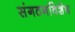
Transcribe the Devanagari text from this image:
संगठनविशेष